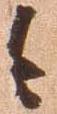
今